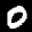
Label: 0